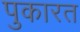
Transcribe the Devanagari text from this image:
पुकारत